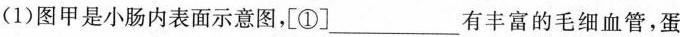
(1)图甲是小肠内表面示意图，[①]___有丰富的毛细血管，蛋